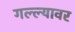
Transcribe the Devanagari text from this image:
गल्ल्यावर